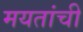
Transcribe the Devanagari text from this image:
मयतांची